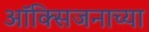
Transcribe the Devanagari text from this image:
ऑक्सिजनाच्या